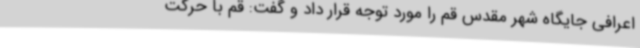
اعرافی جایگاه شهر مقدس قم را مورد توجه قرار داد و گفت: قم با حرکت